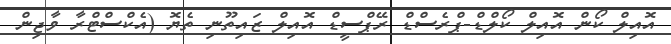
އޮއިލް ކޯން އޮއިލް ކޯލްޑް-ޕްރެސްޑް ރޭޕްސީޑް އޮއިލް ޒައިތޫނި ތެޔޮ (އެކްސްޓްރާ ވާޖިން